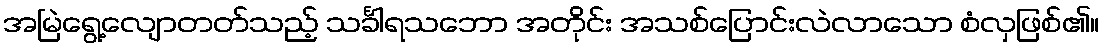
အမြဲရွေ့လျောတတ်သည့် သင်္ခါရသဘော အတိုင်း အသစ်ပြောင်းလဲလာသော စံလှဖြစ်၏။